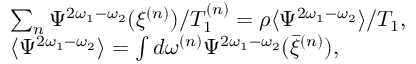
\begin{array} { r l } & { \sum _ { n } \Psi ^ { 2 \omega _ { 1 } - \omega _ { 2 } } ( \xi ^ { ( n ) } ) / T _ { 1 } ^ { ( n ) } = \rho \langle \Psi ^ { 2 \omega _ { 1 } - \omega _ { 2 } } \rangle / T _ { 1 } , } \\ & { \langle \Psi ^ { 2 \omega _ { 1 } - \omega _ { 2 } } \rangle = \int d \omega ^ { ( n ) } \Psi ^ { 2 \omega _ { 1 } - \omega _ { 2 } } ( \bar { \xi } ^ { ( n ) } ) , } \end{array}